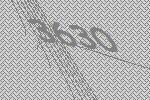
3630